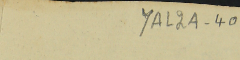
YAL2A-40